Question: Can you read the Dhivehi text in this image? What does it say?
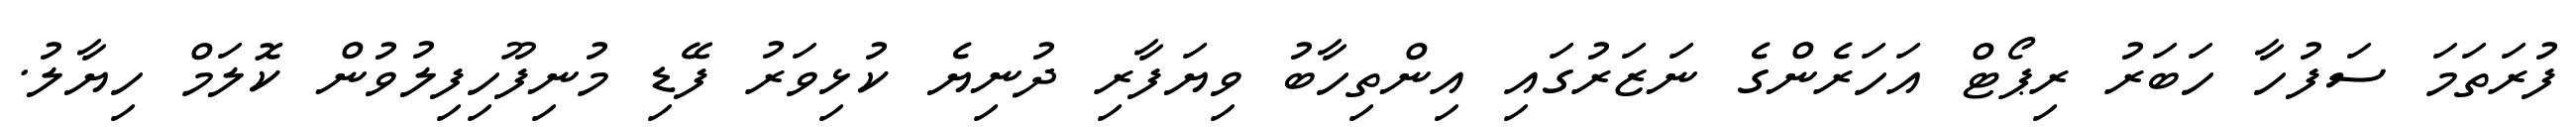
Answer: ފުރަތަމަ ސަފުހާ ހަބަރު ރިޕޯޓް އަހަރެންގެ ނަޒަރުގައި އިންތިހާބު ވިޔަފާރި ދުނިޔެ ކުޅިވަރު ފޭޑި މުނިފޫހިފިލުވުން ކޮލަމް ހިޔާލު.